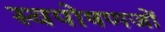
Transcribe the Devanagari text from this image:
स्वपोषणजों